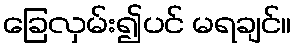
ခြေလှမ်း၍ပင် မရချင်။